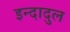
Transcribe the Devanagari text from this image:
इन्दादुल